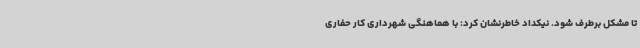
تا مشکل برطرف شود. نیکداد خاطرنشان کرد: با هماهنگی شهرداری کار حفاری